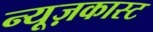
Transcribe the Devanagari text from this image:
न्यूज़कास्ट